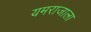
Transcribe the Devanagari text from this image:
यमराजाला